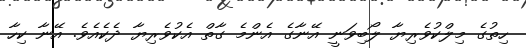
ހިތުގެ މިލްކުވެރިޔާ ލޯބިވަނީ އޭނާގެ އެންމެ ގާތް އެކުވެރިޔާ ދެކެއެވެ. އޭނާ ކިހާ